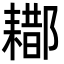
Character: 䣢